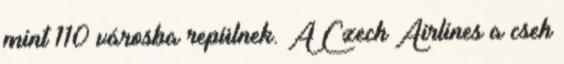
mint 110 városba repülnek. A Czech Airlines a cseh